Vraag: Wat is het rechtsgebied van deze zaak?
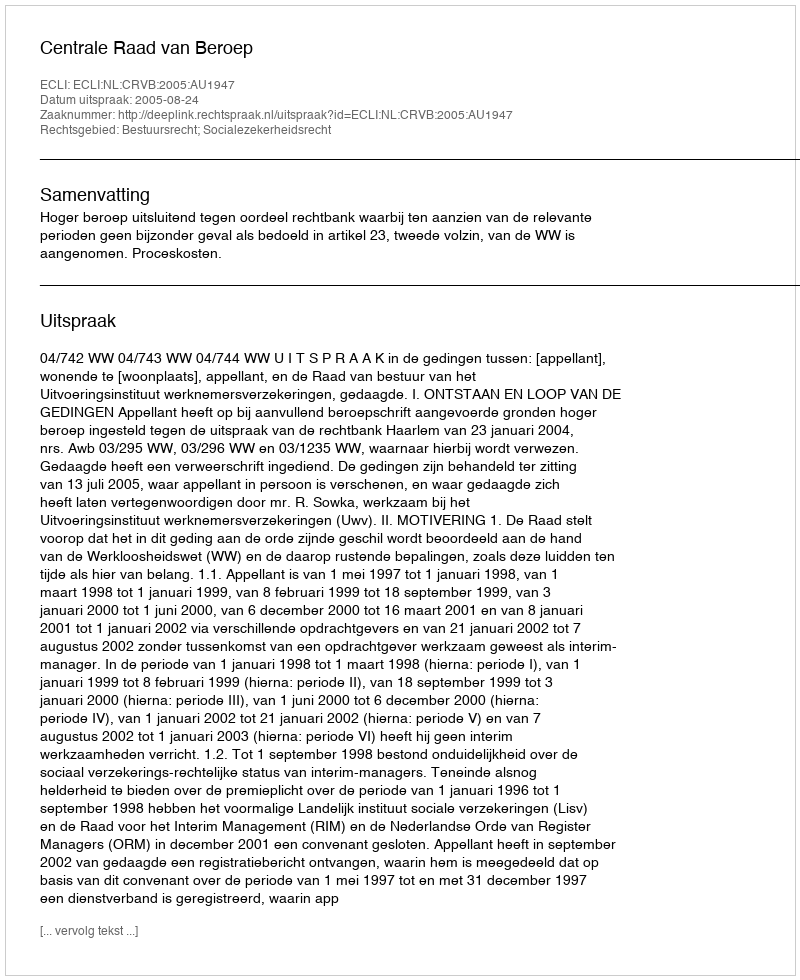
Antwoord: Bestuursrecht; Socialezekerheidsrecht